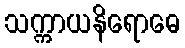
သက္ကာယနိရောဓေ